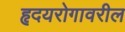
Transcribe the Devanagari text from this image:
हृदयरोगावरील